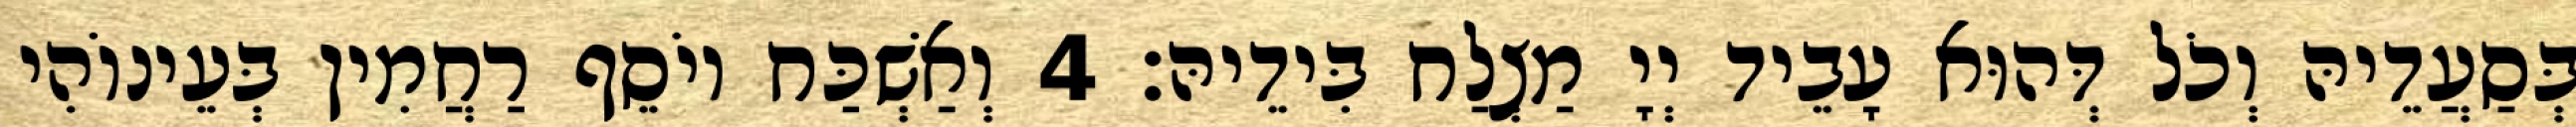
בְּסַעֲדֵיהּ וְכֹל דְּהוּא עָבֵיד יְיָ מַצְלַח בִּידֵיהּ׃ 4 וְאַשְׁכַּח יוֹסֵף רַחֲמִין בְּעֵינוֹהִי